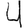
Digit: 4